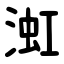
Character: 渱